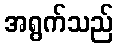
အရွက်သည်